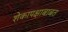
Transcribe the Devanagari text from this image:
शेकापक्षाबाबत